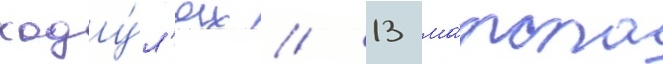
ходу́л'ях // 13 ма́рта